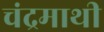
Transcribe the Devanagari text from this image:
चंद्रमाथी